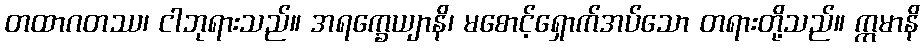
တထာဂတဿ၊ ငါဘုရားသည်။ အရက္ခေယျာနိ၊ မစောင့်ရှောက်အပ်သော တရားတို့သည်။ ဣမာနိ